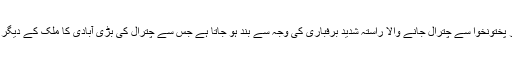
واضح رہے کہ شدید سردیوں میں خیبر پختونخوا سے چترال جانے والا راستہ شدید برفباری کی وجہ سے بند ہو جاتا ہے جس سے چترال کی بڑی آبادی کا ملک کے دیگر علاقوں سے رابطہ منقطع ہو جاتا ہے۔